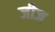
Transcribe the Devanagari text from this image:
जीज